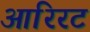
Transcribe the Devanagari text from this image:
आरिरट